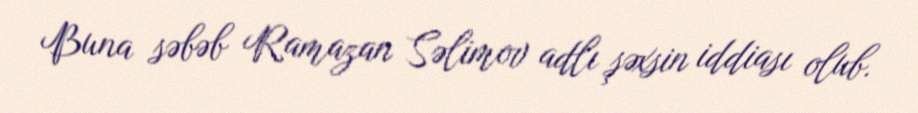
Buna səbəb Ramazan Səlimov adlı şəxsin iddiası olub.